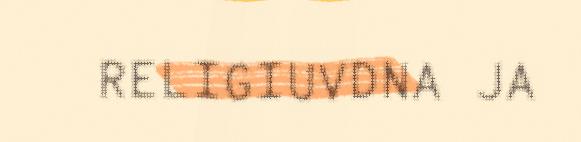
RELIGIUVDNA JA